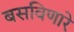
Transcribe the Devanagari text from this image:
बसविणारे